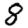
Digit: 8